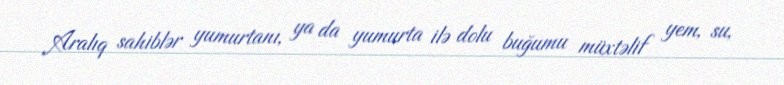
Aralıq sahiblər yumurtanı, ya da yumurta ilə dolu buğumu müxtəlif yem, su,